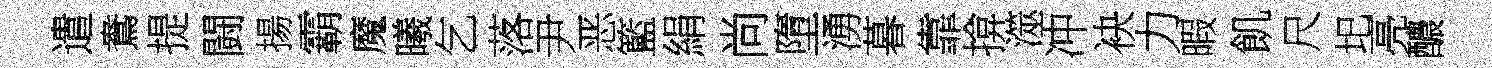
遣鴦提闘揚霸魔曦乞落尹恶籃絹尚墮湧暮靠揜澨冲袂力暇飢尺圯亮醲